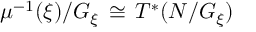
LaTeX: \mu ^ { - 1 } ( \xi ) / G _ { \xi } \, \cong \, T ^ { * } ( N / G _ { \xi } )